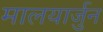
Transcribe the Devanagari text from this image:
मालयार्जुन